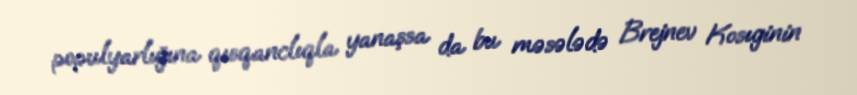
populyarlığına qısqanclıqla yanaşsa da bu məsələdə Brejnev Kosıginin